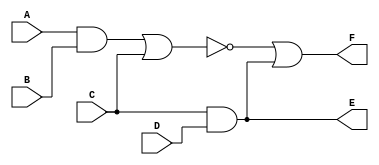
`timescale 1ns / 1ps
//////////////////////////////////////////////////////////////////////////////////
// Company: 
// Engineer: 
// 
// Design Name: 
// Module Name:    Modulo1 
// Project Name: 
// Target Devices: 
// Tool versions: 
// Description: 
//
// Dependencies: 
//
// Revision: 
// Revision 0.01 - File Created
// Additional Comments: 
//
//////////////////////////////////////////////////////////////////////////////////
module Modulo1 ( input A, B, C, D, output E, F);
	//wire F, E;
	wire AB, O, W, CD;
	
	assign AB = A & B;
	assign O = AB | C;
	assign W = ~O;
	assign CD = C & D;
	assign F = W | CD;
	assign E = C & D & CD;
	
endmodule